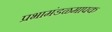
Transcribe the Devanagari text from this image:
प्रभामंडळमापक